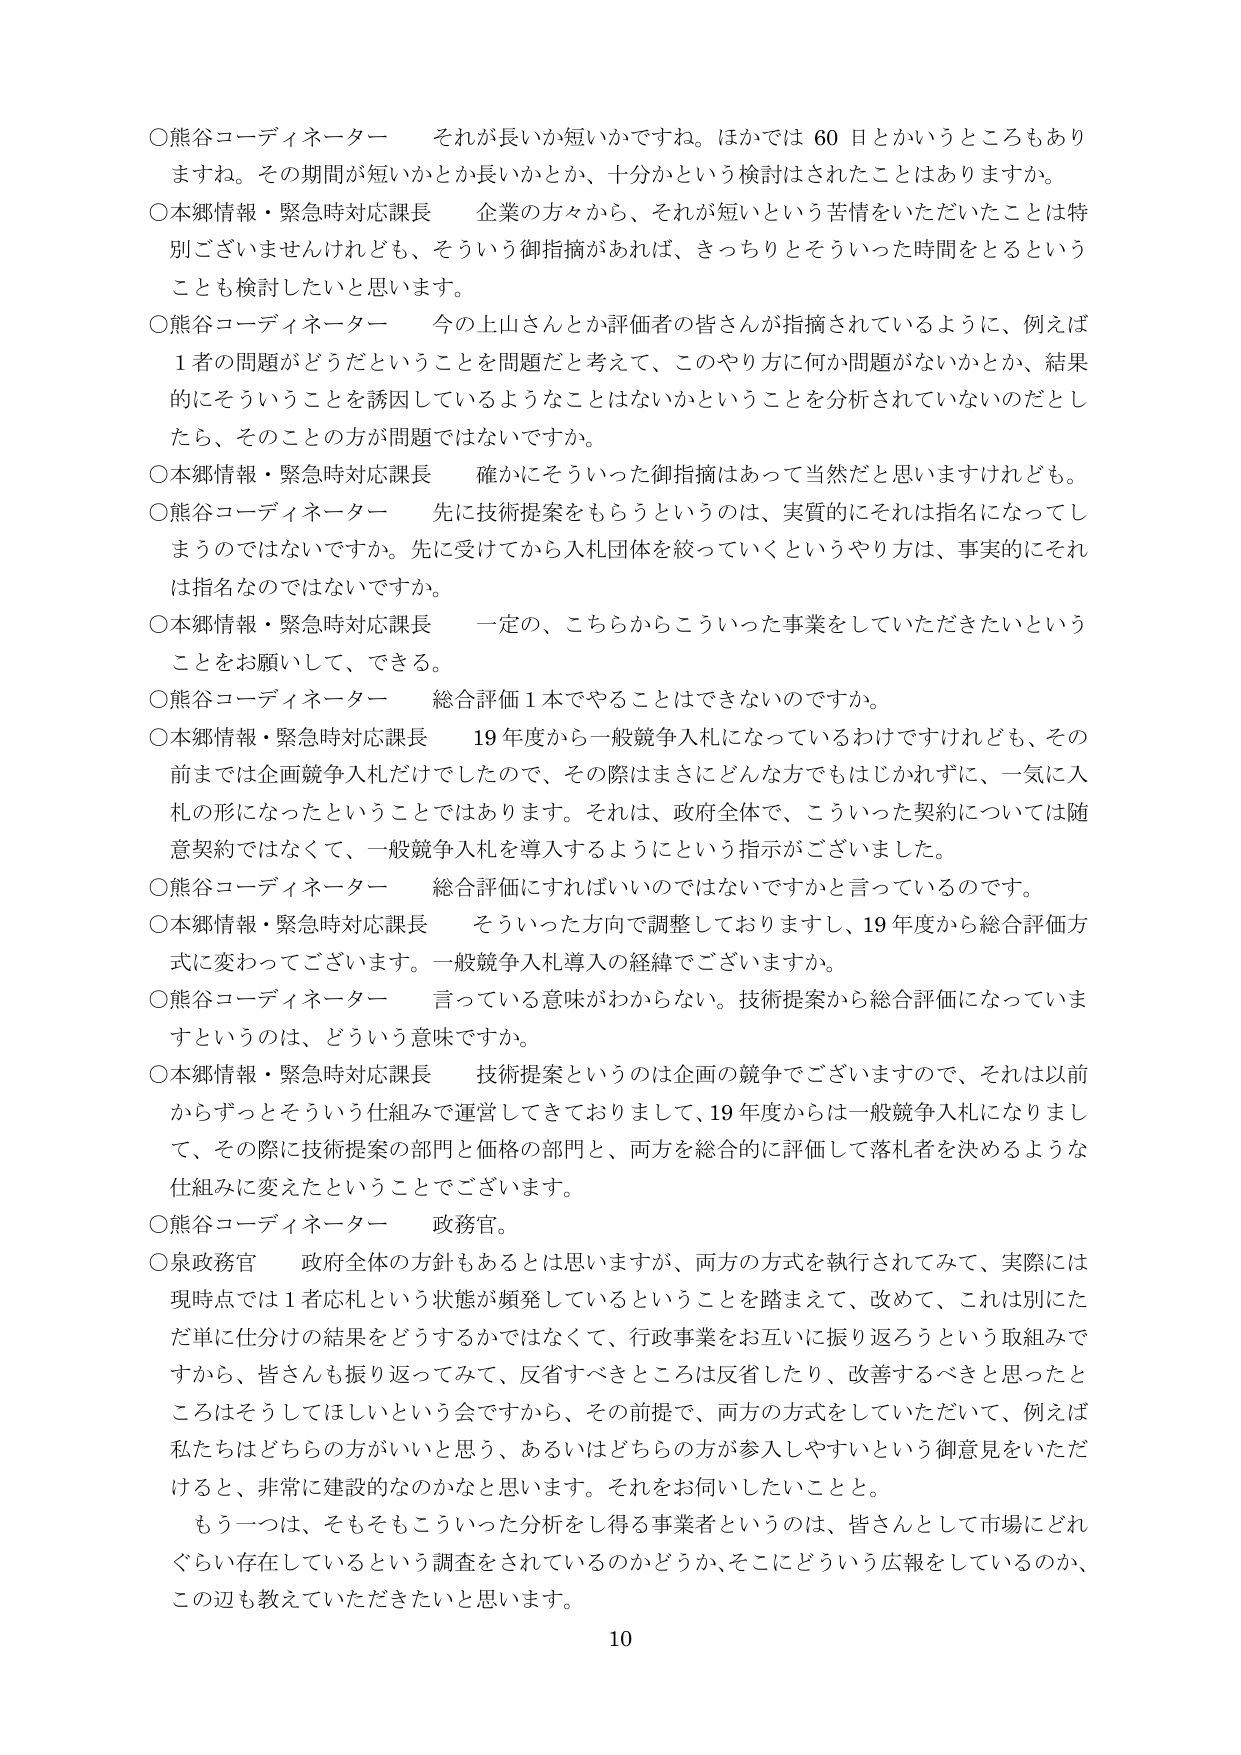
○熊谷コーディネーター　それが長いか短いかですね。ほかでは60日とかいうところもありますね。その期間が短いかとか長いとか、十分かという検討はされたことはありますか。

○本郷情報・緊急時対応課長　企業の方々から、それが短いという苦情をいただいたことは特別ございませんけれども、そういう御指摘があれば、きっちりとそういった時間をするということも検討したいと思います。

○熊谷コーディネーター　今の上山さんとか評価者の皆さんが指摘されているように、例えば1者の問題がどうだということを問題だと考えて、このやり方に何か問題がないかとか、結果的にそういうことを誘因しているようなことはないかということを分析されていないのだとしたら、そのことの方が問題ではないですか。

○本郷情報・緊急時対応課長　確かにそういった御指摘はあって当然だと思いますけれども。

○熊谷コーディネーター　先に技術提案をもらうというのは、実質的にそれは指名になってしまうのではないでしょうか。先に受けてから入札団体を絞っていくというやり方は、事実的にそれは指名なのではないですか。

○本郷情報・緊急時対応課長　一定の、こちらからこういった事業をしていただきたいということをお願いして、できる。

○熊谷コーディネーター　総合評価1本でやることはできないのですか。

○本郷情報・緊急時対応課長　19年度から一般競争入札になっているわけですがけれども、その前までは企画競争入札だけでしたので、その際はまさにどんな方でもはじゃかれずに、一気に入札の形になったということではあります。それは、政府全体で、こういった契約については随意契約ではなくて、一般競争入札を導入するようにという指示がございました。

○熊谷コーディネーター　総合評価にすればいいのではないですかと言っているのです。

○本郷情報・緊急時対応課長　そういった方向で調整しておりますし、19年度から総合評価方式に変わってございます。一般競争入札導入の経緯でございますか。

○熊谷コーディネーター　言っている意味がわからない。技術提案から総合評価になっていますというのは、どういう意味ですか。

○本郷情報・緊急時対応課長　技術提案というのは企画の競争でございますので、それは以前からずっとそういう仕組みで運営してきておりまして、19年度からは一般競争入札になりまして、その際に技術提案の部門と価格の部門と、両方を総合的に評価して落札者を決めるような仕組みに変えたということでございます。

○熊谷コーディネーター　政務官。

○泉政務官　政府全体の方針もあるとは思いますが、両方の方式を執行されてみて、実際には現時点では1者応札という状態が頻発しているということを踏まえて、改めて、これは別にただ単に仕分けの結果をどうするかではなくて、行政事業をお互いに振り返ろうという取組みですから、皆さんも振り返ってみて、反省すべきところは反省したり、改善するべきと思ったところはそうしてほしいという会ですから、その前提で、両方の方式をしていただいて、例えば私たちはどちらの方がいいと思う、あるいはどちらの方が参入しやすいという御意見をいただければ、非常に建設的なのかなと思います。それをお伺いしたいことと。

もう一つは、そもそもこういった分析をし得る事業者というのは、皆さんとして市場にどれぐらい存在しているという調査をされているのかどうか、そこにどういう広報をしているのか、この辺も教えていただきたいと思います。

10